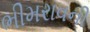
ભીમરાવની